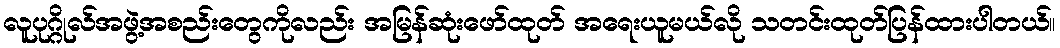
လူပုဂ္ဂိုလ်အဖွဲ့အစည်းတွေကိုလည်း အမြန်ဆုံးဖော်ထုတ် အရေးယူမယ်လို သတင်းထုတ်ပြန်ထားပါတယ်။